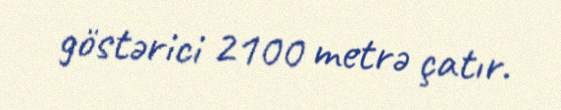
göstərici 2100 metrə çatır.